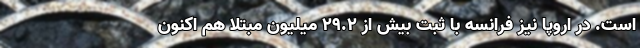
است. در اروپا نیز فرانسه با ثبت بیش از ۲۹.۲ میلیون مبتلا هم اکنون